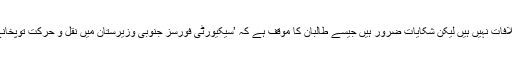
انھوں نے کہا کہ دونوں جانب سے کوئی اختلافات نہیں ہیں لیکن شکایات ضرور ہیں جیسے طالبان کا موقف ہے کہ ’سیکیورٹی فورسز جنوبی وزیرستان میں نقل و حرکت توپخانے اور ہیلی کاپٹروں کا استعمال کر رہے ہیں۔